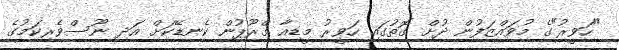
"ހަވީރު"ގެ މުވައްޒަފުން ދުށް ގޮތުގައި ހަވީރު މީޑިއާ ގްރޫޕުން ކެނޑޭކަށް އަދި ނޫސްވެރިކަމުގެ